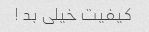
کیفیت خیلی بد !